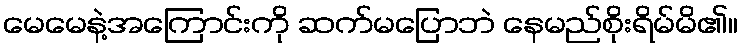
မေမေနဲ့အကြောင်းကို ဆက်မပြောဘဲ နေမည်စိုးရိမ်မိ၏။